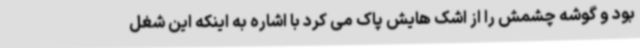
بود و گوشه چشمش را از اشک هایش پاک می کرد با اشاره به اینکه این شغل